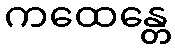
ကထေန္တေ